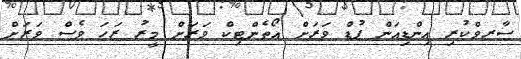
ސާރވްކުރި އިންޑިއަން ފުޑް ވަރަށް އޯތެންޓިކް ވަރަށް މީރު ރަހަ ވެސް ވަރަށް